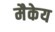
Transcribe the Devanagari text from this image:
मैकेय